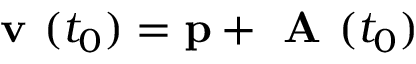
\textbf { v } ( t _ { 0 } ) = \mathbf { p } + \textbf { A } ( t _ { 0 } )